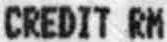
CREDIT RM